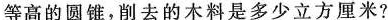
等高的圆锥，削去的木料是多少立方厘米?